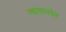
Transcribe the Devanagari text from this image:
त्यासमवेत